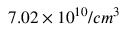
7 . 0 2 \times 1 0 ^ { 1 0 } / c m ^ { 3 }